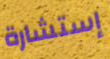
إستشارة